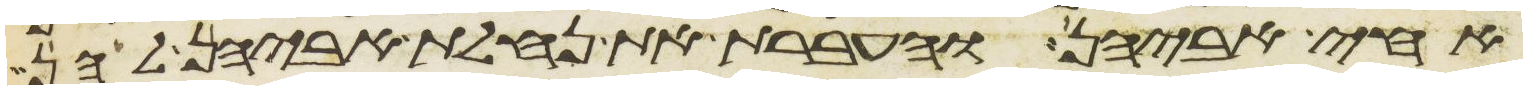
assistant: אחי אביהן והעברת את נחלת אביהן להן